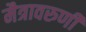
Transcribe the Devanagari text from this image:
मैत्रावरुणी